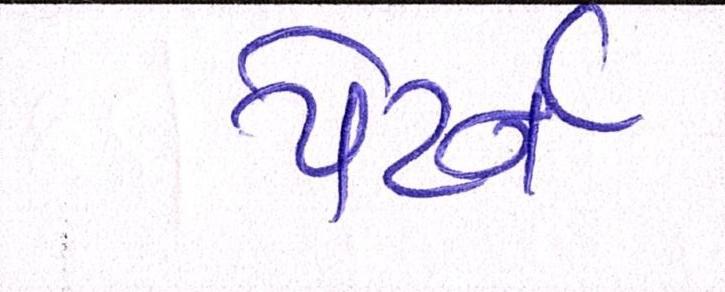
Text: પેટર્ન